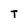
Character: T